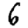
Digit: 6